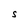
Character: S